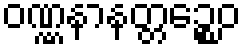
ဝဏ္ဏနာနတ္တဉ္စေဝ